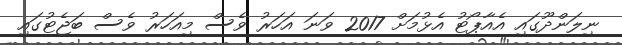
ނިލަންދޫގައި އެއާޕޯޓު އެޅުމަށް 2017 ވަނަ އަހަރު ވެސް މިއަހަރު ވެސް ބަޖެޓުގައި